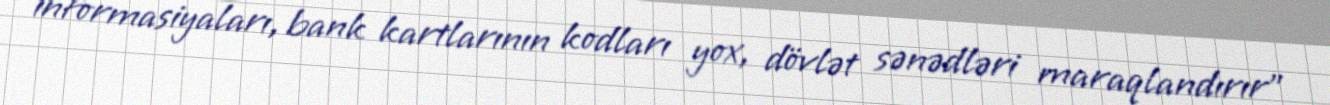
informasiyaları, bank kartlarının kodları yox, dövlət sənədləri maraqlandırır”